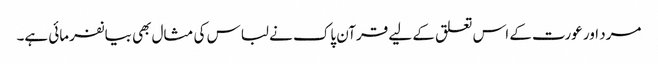
مرد اور عورت کے اس تعلق کے لیے قرآن پاک نے لباس کی مثال بھی بیانفرمائی ہے۔